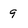
Character: 9